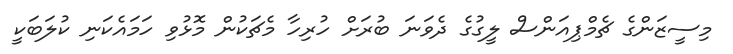
މިސީޒަންގެ ޗެމްޕިއަންސް ލީގުގެ ދެވަނަ ބުރަށް ހުރިހާ މެޗަކުން މޮޅުވި ހަމައެކަނި ކުލަބަކީ